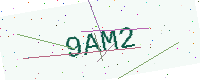
Text: 9AM2